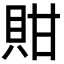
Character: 𧵊